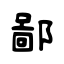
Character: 鄙